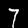
Digit: 7